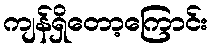
ကျန်ရှိတော့ကြောင်း